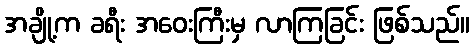
အချို့က ခရီး အဝေးကြီးမှ လာကြခြင်း ဖြစ်သည်။